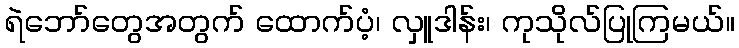
ရဲဘော်တွေအတွက် ထောက်ပံ့၊ လှူဒါန်း၊ ကုသိုလ်ပြုကြမယ်။